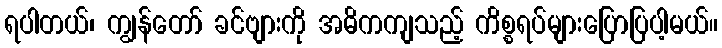
ရပါတယ်၊ ကျွန်တော် ခင်ဗျားကို အဓိကကျသည့် ကိစ္စရပ်များပြောပြပါ့မယ်။